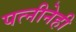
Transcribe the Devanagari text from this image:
पत्नीनेही